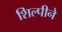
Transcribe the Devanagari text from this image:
शिल्पीने